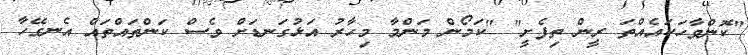
"ކޮންވާހަކައެއްތަ ރީން ތިފެށީ" "ކަމޯން މަންމާ މިހާރު އަޅުގަނޑަށް ވެސް ކަންތައްތައް އެނގޭހާ